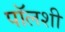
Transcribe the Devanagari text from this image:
पॉलशी